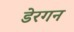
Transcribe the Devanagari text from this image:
डेरगन